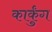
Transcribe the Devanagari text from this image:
कार्कुंग